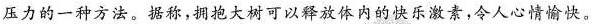
压力的一种方法。据称，拥抱大树可以释放体内的快乐激素，令人心情愉快。